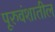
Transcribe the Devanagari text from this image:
पूरुवंशातील